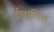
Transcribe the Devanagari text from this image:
ईन्गलिश